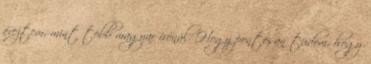
éreztem, mint több magyar írónál. Hogy pontosan tudom, hogy